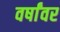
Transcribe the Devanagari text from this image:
वर्षांवर